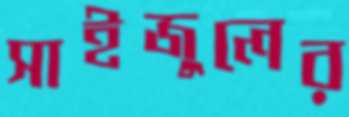
সাইজুলের